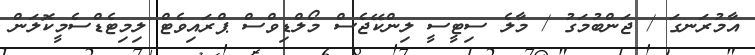
އާމުރަނގަ / ޖަންބުމަގު / މާލެ ސިޓީސީ ލިންކޭޖެސް މޯލްޑިވްސް ޕްރައިވެޓް ލިމިޓެޑްސެމީކޮލަން